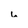
Character: u